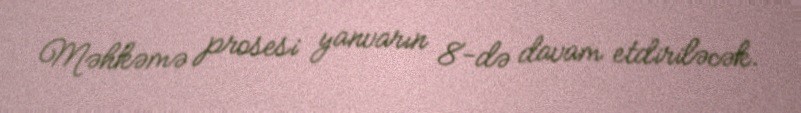
Məhkəmə prosesi yanvarın 8-də davam etdiriləcək.